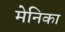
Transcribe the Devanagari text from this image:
मेनिका